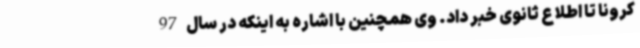
کرونا تا اطلاع ثانوی خبر داد. وی همچنین با اشاره به اینکه در سال 97